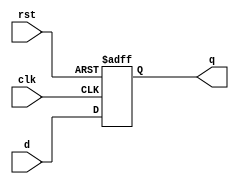

`timescale 1ns/10ps
//------------------------------------------------------------------------------------------
module delay_32bit(d,clk,rst,q);
  input [1:32] d;
  input rst, clk;
  output [1:32] q;
  reg [1:32] q;
  always @(posedge clk or negedge rst)
      begin
        if(!rst) 
           begin
             q <= 32'b0;
           end
        else 
           begin
             q <= d;
           end
      end
endmodule